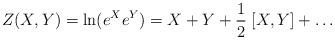
LaTeX: \begin{align*}Z(X,Y)=\ln( e^X e^Y ) = X + Y + {1\over2}\;[X,Y] + \dots\end{align*}